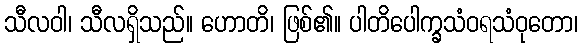
သီလဝါ၊ သီလရှိသည်။ ဟောတိ၊ ဖြစ်၏။ ပါတိပေါက္ခသံဝရသံဝုတော၊